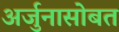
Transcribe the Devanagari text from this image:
अर्जुनासोबत